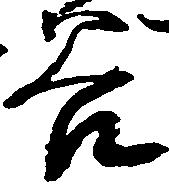
谷